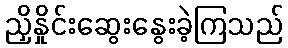
ညှိနှိုင်းဆွေးနွေးခဲ့ကြသည်